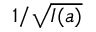
1 / \sqrt { I ( a ) }